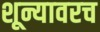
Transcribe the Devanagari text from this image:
शून्यावरच